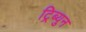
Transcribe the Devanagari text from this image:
ट्रिब्युन